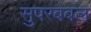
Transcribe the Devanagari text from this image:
सुपरबबल